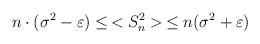
LaTeX: \begin{align*}n\cdot(\sigma^2-\varepsilon)\leq\,<S_n^2>\,\leq n(\sigma^2+\varepsilon)\end{align*}